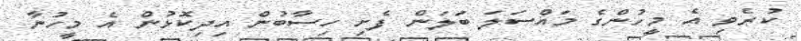
ކުރެވި އެ މީހުންގެ މައްސަލަ ބަލަން ފެށި ހިސާބުން އިދިކޮޅުން އެ މީހުނާ